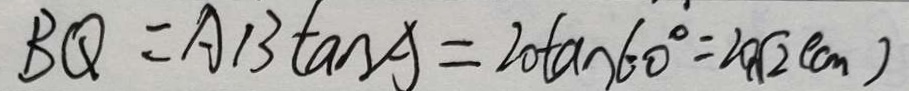
B Q = A B \tan A = 2 0 \tan 6 0 ^ { \circ } = 2 0 \sqrt { 2 } ( c m )